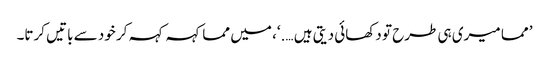
’ مما میری ہی طرح تو دکھائی دیتی ہیں ….‘، میں مما کہہ کہہ کر خود سے باتیں کرتا۔